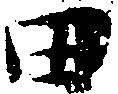
田